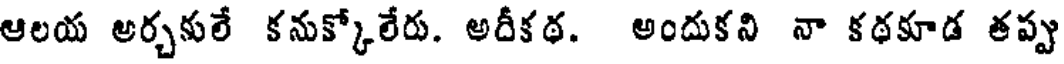
ఆలయ అర్చకులే కనుక్కోలేరు. అదీకథ. అందుకని నా కథకూడ తప్పు